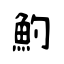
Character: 魡